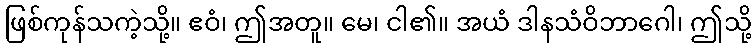
ဖြစ်ကုန်သကဲ့သို့။ ဧဝံ၊ ဤအတူ။ မေ၊ ငါ၏။ အယံ ဒါနသံဝိဘာဂေါ၊ ဤသို့